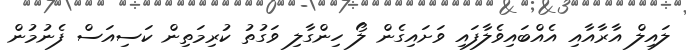
ލައިލް އާރާއާއި އެއްބައިވެލާފައި ވަށައިގެން ލޯ ހިންގާލި ވަގުތު ކުރިމަތިން ކަސިއަސް ފެނުމުން